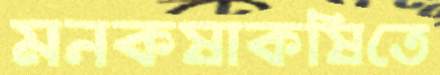
মনকষাকষিতে